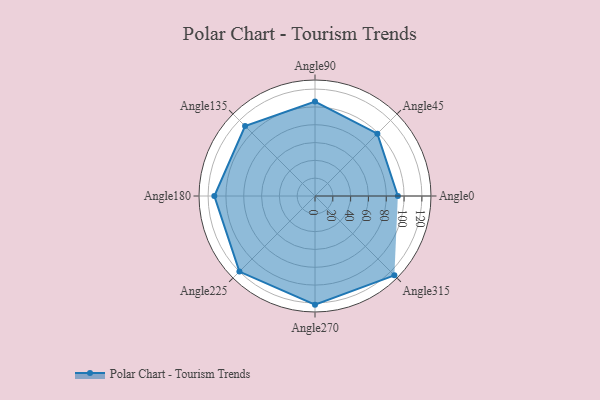
{"axis": {"x": "Angle", "y": "Radius"}, "legend": [""], "data": [{"x": "Angle0", "y": 93.0, "type": ""}, {"x": "Angle45", "y": 99.0, "type": ""}, {"x": "Angle90", "y": 106.0, "type": ""}, {"x": "Angle135", "y": 111.0, "type": ""}, {"x": "Angle180", "y": 113.0, "type": ""}, {"x": "Angle225", "y": 120.0, "type": ""}, {"x": "Angle270", "y": 122.0, "type": ""}, {"x": "Angle315", "y": 126.0, "type": ""}]}